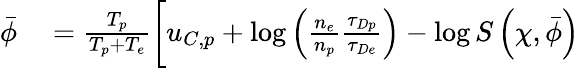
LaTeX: \begin{array}{rl}{\bar{\phi}}&{{}=\frac{T_{p}}{T_{p}+T_{e}}\biggl[u_{C,p}+\log\left(\frac{n_{e}}{n_{p}}\frac{\tau_{Dp}}{\tau_{De}}\right)-\log S\left(\chi,\bar{\phi}\right)}\end{array}